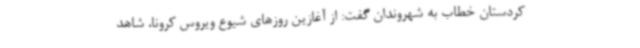
کردستان خطاب به شهروندان گفت: از آغازین روزهای شیوع ویروس کرونا، شاهد